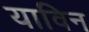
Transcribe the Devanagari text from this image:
याविन